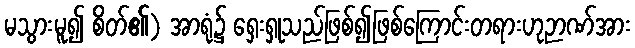
မသွားမူ၍ စိတ်၏) အာရုံ၌ ရှေးရှုသည်ဖြစ်၍ဖြစ်ကြောင်းတရားဟုဉာဏ်အား